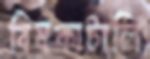
বিষকাটালি